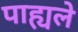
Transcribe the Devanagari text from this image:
पाह्यले